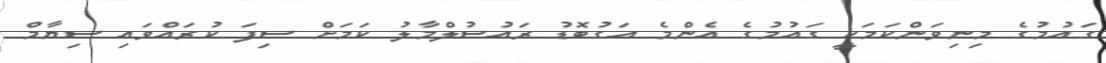
ގައުމުގެ މިނިވަންކަމަކީ ގައުމުގެ އެންމެ އަގުބޮޑު ރައުސުލްމާލު ކަމަށް ސިފަ ކުރައްވައި ސިޔާމް